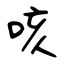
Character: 咳